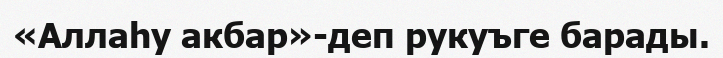
«Аллаһу акбар»-деп рукуъге барады.